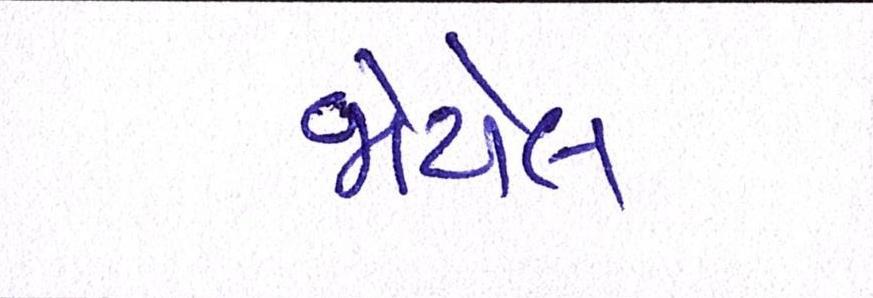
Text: જોયેલ